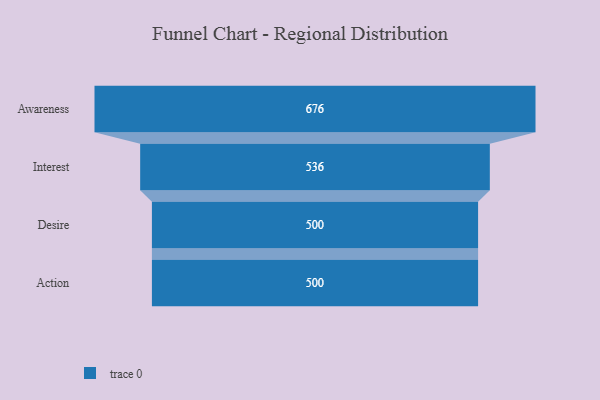
{"axis": {"x": "Stage", "y": "Value"}, "legend": [""], "data": [{"x": "Awareness", "y": 676.0, "type": ""}, {"x": "Interest", "y": 536.0, "type": ""}, {"x": "Desire", "y": 500, "type": ""}, {"x": "Action", "y": 500, "type": ""}]}